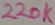
Text: 220K